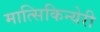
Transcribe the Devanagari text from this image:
मात्सिकिन्येरी